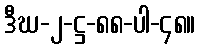
ဒီဃ-၂-ဋ္ဌ-၈၈-ပါ-၄၈။